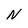
Character: N